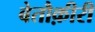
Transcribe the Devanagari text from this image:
बेतौक़ीरी